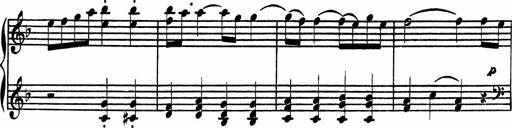
Title: 4 Piano Sonatinas
Composer: Adam Geibel